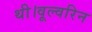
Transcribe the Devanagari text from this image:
थी।वूल्वरिन